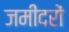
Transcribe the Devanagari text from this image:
जमींदरों